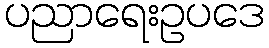
ပညာရေးဥပဒေ